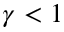
\gamma < 1